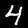
Label: 4